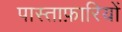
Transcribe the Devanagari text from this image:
पास्ताफ़ारियों